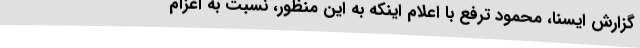
گزارش ایسنا، محمود ترفع با اعلام اینکه به این منظور، نسبت به اعزام